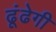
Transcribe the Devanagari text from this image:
ढूंढेगी